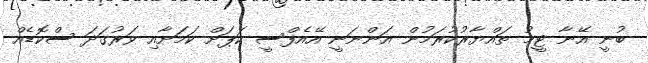
ބުނީ އޭނާ ޓީމު ތައްޔާރުކުރަމުން އަންނަނީ އޭއެފްސީ ކަޕަށް ކަމަށާއި ވަރުގަދަ ސްކޮޑެއް